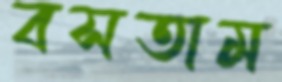
বসতাম